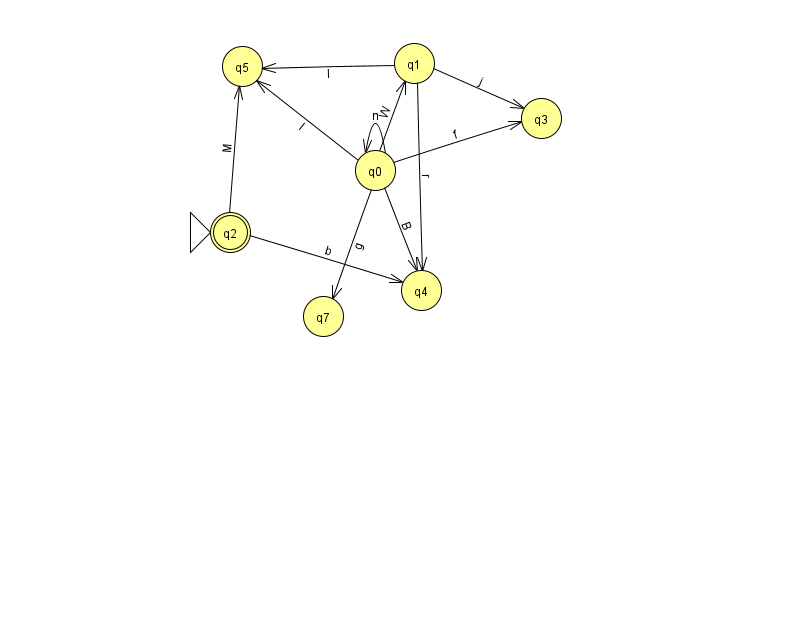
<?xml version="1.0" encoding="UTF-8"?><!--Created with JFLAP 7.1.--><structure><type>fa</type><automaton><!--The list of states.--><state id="0" name="q0"><x>375.0</x><y>157.0</y></state><state id="1" name="q1"><x>414.0</x><y>50.0</y></state><state id="2" name="q2"><x>230.0</x><y>219.0</y><initial/><final/></state><state id="3" name="q3"><x>541.0</x><y>105.0</y></state><state id="4" name="q4"><x>421.0</x><y>277.0</y></state><state id="5" name="q5"><x>242.0</x><y>53.0</y></state><state id="7" name="q7"><x>323.0</x><y>303.0</y></state><!--The list of transitions.--><transition><from>1</from><to>4</to><read>r</read></transition><transition><from>2</from><to>4</to><read>b</read></transition><transition><from>2</from><to>5</to><read>M</read></transition><transition><from>1</from><to>5</to><read>I</read></transition><transition><from>0</from><to>7</to><read>g</read></transition><transition><from>0</from><to>1</to><read>W</read></transition><transition><from>1</from><to>3</to><read>j</read></transition><transition><from>0</from><to>0</to><read>n</read></transition><transition><from>0</from><to>3</to><read>f</read></transition><transition><from>0</from><to>4</to><read>B</read></transition><transition><from>0</from><to>5</to><read>l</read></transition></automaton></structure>